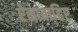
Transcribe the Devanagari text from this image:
ऐनाबाहिर